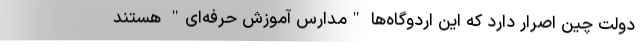
دولت چین اصرار دارد که این اردوگاه‌ها "مدارس آموزش حرفه‌ای" هستند